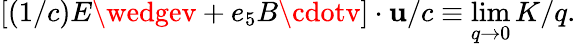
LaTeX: \left[(1/c)E\wedgev+e_{5}B\cdotv\right]\cdot\mathbf{u}/c\equiv\operatorname*{lim}_{q\rightarrow0}K/q.